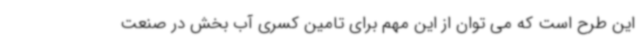
این طرح است که می توان از این مهم برای تامین کسری آب بخش در صنعت